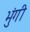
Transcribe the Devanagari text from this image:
भुंगी